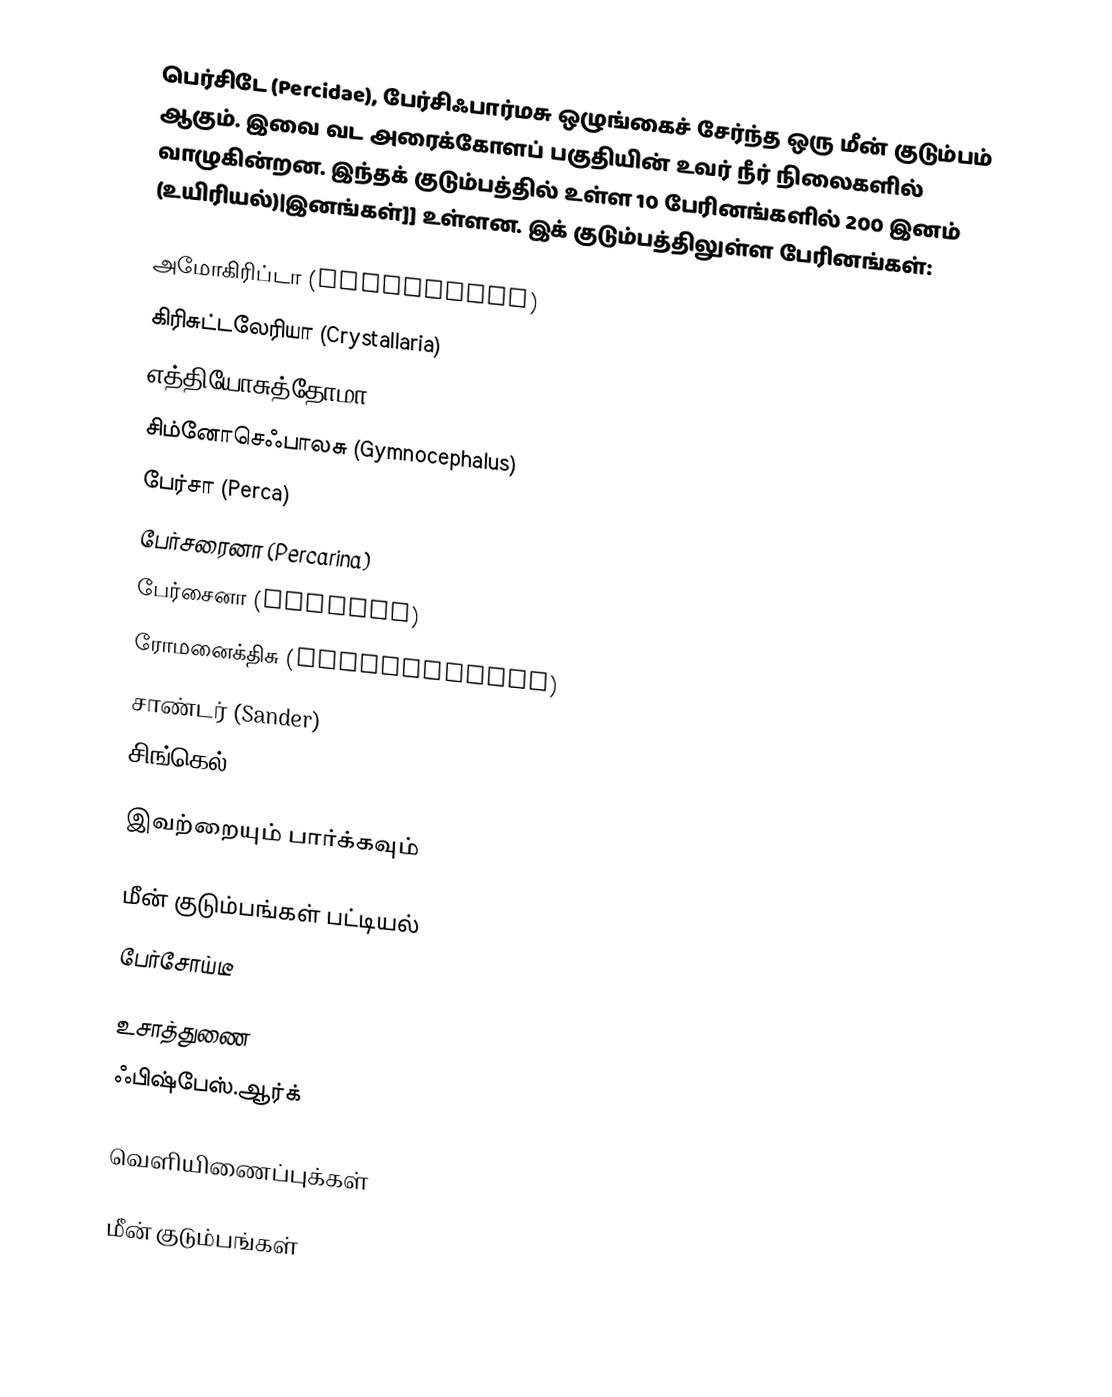
பெர்சிடே (Percidae), பேர்சிஃபார்மசு ஒழுங்கைச் சேர்ந்த ஒரு மீன் குடும்பம் ஆகும். இவை வட அரைக்கோளப் பகுதியின் உவர் நீர் நிலைகளில் வாழுகின்றன. இந்தக் குடும்பத்தில் உள்ள 10 பேரினங்களில் 200 இனம் (உயிரியல்)|இனங்கள்]] உள்ளன. இக் குடும்பத்திலுள்ள பேரினங்கள்:

அமோகிரிப்டா (Ammocrypta)
கிரிசுட்டலேரியா (Crystallaria)
எத்தியோசுத்தோமா (Etheostoma)
சிம்னோசெஃபாலசு (Gymnocephalus)
பேர்சா (Perca)
பேர்சரைனா (Percarina)
பேர்சைனா (Percina)
ரோமனைக்திசு (Romanichthys)
சாண்டர் (Sander)
சிங்கெல் (Zingel)

இவற்றையும் பார்க்கவும்

 மீன் குடும்பங்கள் பட்டியல்
 பேர்சோய்டீ

உசாத்துணை
 ஃபிஷ்பேஸ்.ஆர்க்

வெளியிணைப்புக்கள்

மீன் குடும்பங்கள்